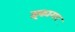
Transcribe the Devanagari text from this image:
इकागर